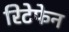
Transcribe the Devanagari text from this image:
रिटेफेन